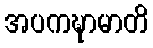
အပကဍ္ဎာမာတိ